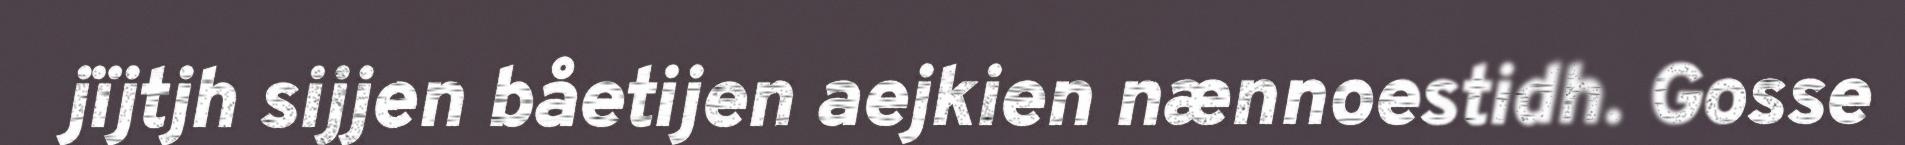
jïjtjh sijjen båetijen aejkien nænnoestidh. Gosse